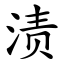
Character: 渍